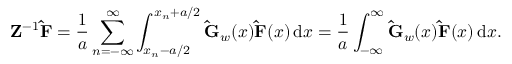
\mathbf { Z } ^ { - 1 } \mathbf { \hat { F } } = \frac { 1 } { a } \sum _ { n = - \infty } ^ { \infty } \int _ { x _ { n } - a / 2 } ^ { x _ { n } + a / 2 } \mathbf { \hat { G } } _ { w } ( x ) \mathbf { \hat { F } } ( x ) \, \mathrm { d } x = \frac { 1 } { a } \int _ { - \infty } ^ { \infty } \mathbf { \hat { G } } _ { w } ( x ) \mathbf { \hat { F } } ( x ) \, \mathrm { d } x .